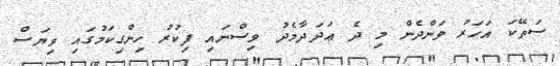
ސަތޭކަ އަހަރު ވަންދެން މި ދެ ޢަދަދާމެދު ވިސްނައި ފިކުރު ހިންގިކަމުގައި ވިޔަސް